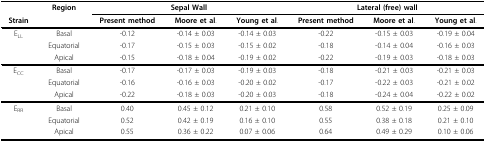
|  | Region | <COLSPAN=3> Sepal Wall | <COLSPAN=3> Lateral (free) wall |
 | Strain |  | Present method | Moore et al. | Young et al. | Present method | Moore et al. | Young et al. |
 | --- | --- | --- | --- | --- | --- | --- | --- |
 | ELL | Basal | -0.12 | -0.14 ± 0.03 | -0.14 ± 0.03 | -0.22 | -0.15 ± 0.03 | -0.19 ± 0.04 |
 |  | Equatorial | -0.17 | -0.15 ± 0.03 | -0.15 ± 0.02 | -0.18 | -0.14 ± 0.04 | -0.16 ± 0.03 |
 |  | Apical | -0.15 | -0.18 ± 0.04 | -0.19 ± 0.02 | -0.22 | -0.19 ± 0.03 | -0.18 ± 0.03 |
 | ECC | Basal | -0.17 | -0.17 ± 0.03 | -0.19 ± 0.03 | -0.18 | -0.21 ± 0.03 | -0.21 ± 0.03 |
 |  | Equatorial | -0.16 | -0.16 ± 0.03 | -0.20 ± 0.02 | -0.17 | -0.22 ± 0.03 | -0.21 ± 0.02 |
 |  | Apical | -0.22 | -0.18 ± 0.03 | -0.20 ± 0.03 | -0.18 | -0.24 ± 0.04 | -0.22 ± 0.02 |
 | ERR | Basal | 0.40 | 0.45 ± 0.12 | 0.21 ± 0.10 | 0.58 | 0.52 ± 0.19 | 0.25 ± 0.09 |
 |  | Equatorial | 0.52 | 0.42 ± 0.19 | 0.16 ± 0.10 | 0.55 | 0.38 ± 0.18 | 0.21 ± 0.10 |
 |  | Apical | 0.55 | 0.36 ± 0.22 | 0.07 ± 0.06 | 0.64 | 0.49 ± 0.29 | 0.10 ± 0.06 |